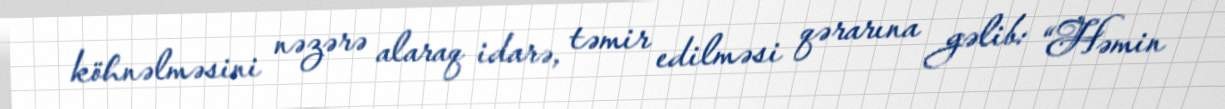
köhnəlməsini nəzərə alaraq idarə, təmir edilməsi qərarına gəlib: “Həmin